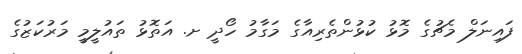
ފައިނަލް މެޗުގެ މޮޅު ކުޅުންތެރިއާގެ މަގާމު ހޯދީ ށ. އަތޮޅު ތައުލީމީ މަރުކަޒުގެ